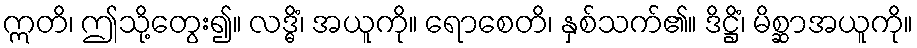
ဣတိ၊ ဤသို့တွေး၍။ လဒ္ဓိံ၊ အယူကို။ ရောစေတိ၊ နှစ်သက်၏။ ဒိဋ္ဌိံ၊ မိစ္ဆာအယူကို။